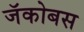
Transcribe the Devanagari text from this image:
जॅकोबस